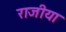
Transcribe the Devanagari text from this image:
राजीया